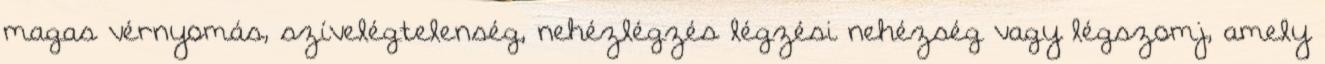
magas vérnyomás, szívelégtelenség, nehézlégzés légzési nehézség vagy légszomj, amely